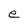
Character: e